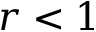
r < 1